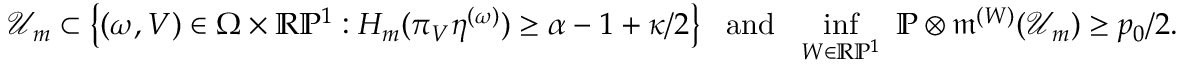
\mathcal { U } _ { m } \subset \left\{ \left( \omega , V \right) \in \Omega \times \mathbb R \mathbb P ^ { 1 } : H _ { m } ( \pi _ { V } \eta ^ { ( \omega ) } ) \geq \alpha - 1 + \kappa / 2 \right\} \ \mathrm { ~ a n d ~ } \ \operatorname* { i n f } _ { W \in \mathbb R \mathbb P ^ { 1 } } \ \mathbb P \otimes \mathfrak { m } ^ { ( W ) } ( \mathcal { U } _ { m } ) \geq p _ { 0 } / 2 .